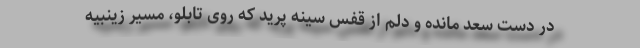
در دست سعد مانده و دلم از قفس سینه پرید که روی تابلو، مسیر زینبیه